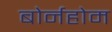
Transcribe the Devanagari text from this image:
बोर्नहोम